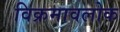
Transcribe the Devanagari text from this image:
विक्रमावलोक